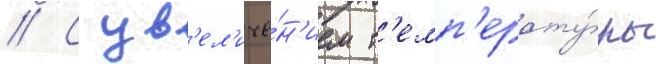
// С ув'ел'иче́н'ием т'емп'ерату́ры